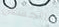
للتجسس